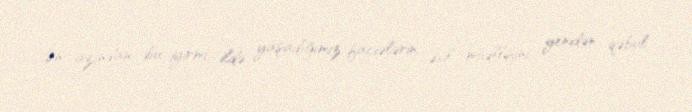
Ən azından bu iyirmi ildə yaşadığımız faciələrin əsil müəllifini yenidən qəbul